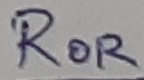
Text: ROR